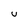
Character: u